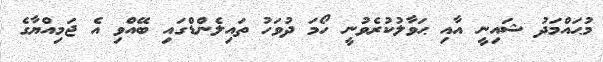
މުޙައްމަދު ޝައިނީ އާއި ޙަވާލުކުރެވުނީ ހޯމަ ދުވަހު ތައިލެންޑްގައި ބޭއްވި އެ ޖަމިއްޔާގެ